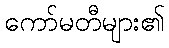
ကော်မတီများ၏